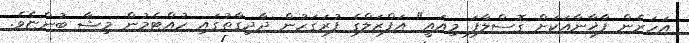
އަހަރެން ފާޚާނާއަކަށް ގޮސްލާފަ މިއައީ" އަފްޒަލްގެ ފުރަގަހުން ދާދިގާތުގައި ހުއްޓެމުން މިޝާ ބުންޏެވެ.